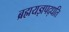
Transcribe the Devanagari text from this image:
ब्रह्मयज्ञपद्धति